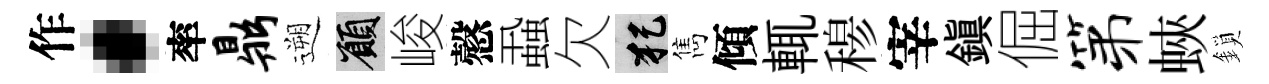
作·率鼎遡願峻慤蝨欠犯雋傾輒𥠇宰鎭倔第蛺鎖